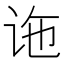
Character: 𫍟